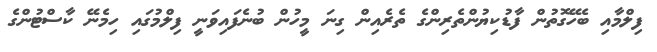
ފިލްމާއި ބެހޭގޮތުން ފާޑުކިޔުންތެރިންގެ ތެރެއިން ގިނަ މީހުން ބުނެފައިވަނީ ފިލްމުގައި ހިމެނޭ ކާސްޓުންގެ